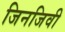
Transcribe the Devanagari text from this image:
जिनजिवी